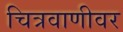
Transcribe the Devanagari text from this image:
चित्रवाणीवर